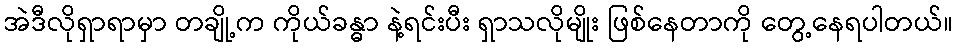
အဲဒီလိုရှာရာမှာ တချို့က ကိုယ်ခန္ဓာ နဲ့ရင်းပီး ရှာသလိုမျိုး ဖြစ်နေတာကို တွေ့နေရပါတယ်။